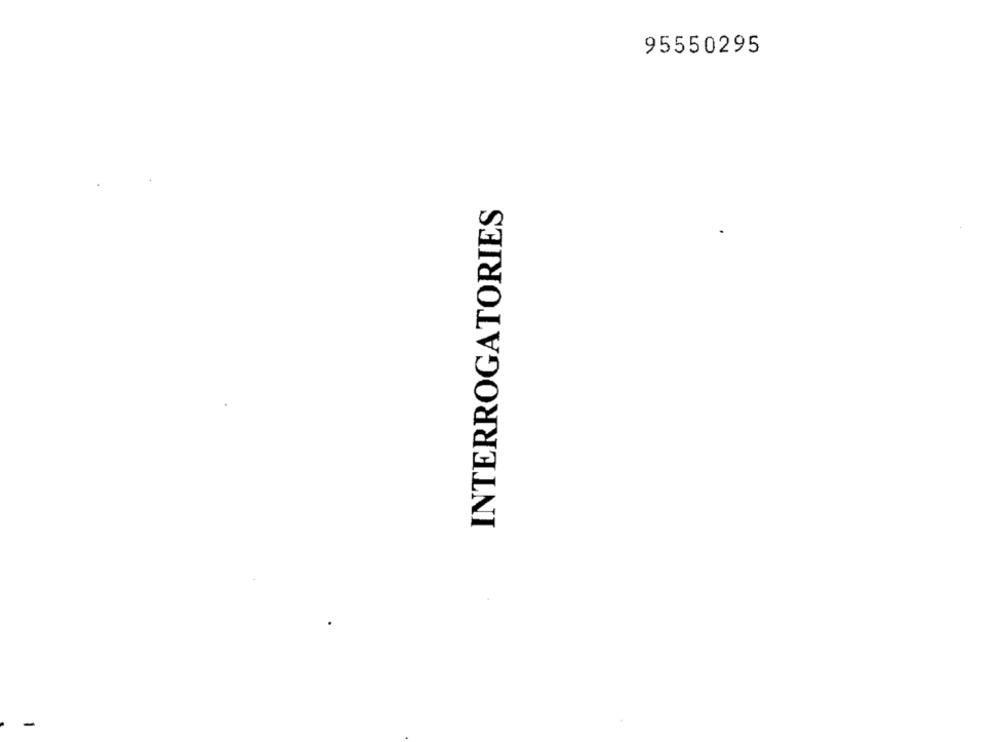
95550295
INTERROGATORIES